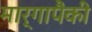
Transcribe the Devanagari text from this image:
मार्गापैकी